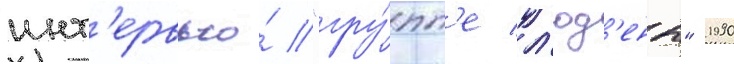
инт'ервью́ "гру́пп'е л'юд'ены" 1990